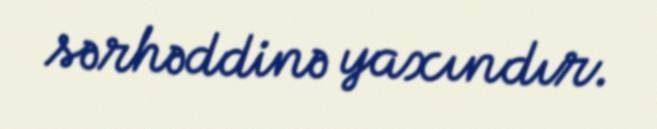
sərhəddinə yaxındır.